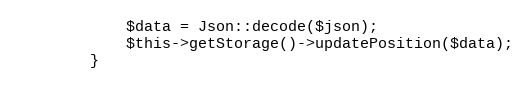
Language: PHP
			$data = Json::decode($json);
			$this->getStorage()->updatePosition($data);
		}